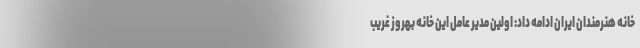
خانه هنرمندان ایران ادامه داد: اولین مدیر عامل این خانه بهروز غریب